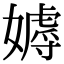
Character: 𡢙